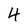
Character: 4